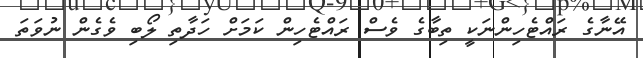
އޭނާގެ ރައްޓެހިންނަކީ ތިބާގެ ވެސް ރައްޓެހިން ކަމަށް ހަދާތި ލޯބި ވެގެން ނުވަތަ